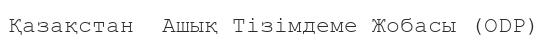
Қазақстан  Ашық Тізімдеме Жобасы (ODP)